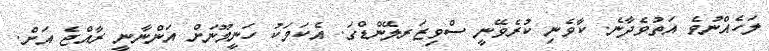
ލަހެއްނުވެ އަތުވެދާނެ. ކާވެނި ކުރެވޭނީ ސްވިޒަރލޭންޑްގަ. އެކަމަކު ހަނީމޫނަށް އަންނާނީ ރާއްޖެ އަށް.